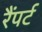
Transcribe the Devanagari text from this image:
रैंपर्ट